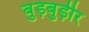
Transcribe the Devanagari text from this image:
बुड़बुड़ीर